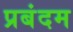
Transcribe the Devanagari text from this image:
प्रबंदम